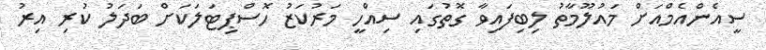
ސީއެންއެމްއަށް މައުލޫމާތު ލިބިފައިވާ ގޮތުގައި ސިއްހީ މަރުކަޒު ހޮސްޕިޓަލަކަށް ބަދަލު ކުރި އިރު